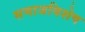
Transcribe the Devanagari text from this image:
समाजविशेष